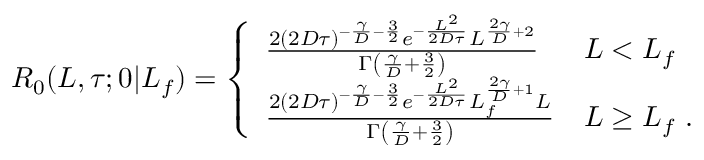
\begin{array} { r } { R _ { 0 } ( L , \tau ; 0 | L _ { f } ) = \left\{ \begin{array} { l l } { \frac { 2 ( 2 D \tau ) ^ { - \frac { \gamma } { D } - \frac { 3 } { 2 } } e ^ { - \frac { L ^ { 2 } } { 2 D \tau } } L ^ { \frac { 2 \gamma } { D } + 2 } } { \Gamma \left( \frac { \gamma } { D } + \frac { 3 } { 2 } \right) } } & { L < L _ { f } } \\ { \frac { 2 ( 2 D \tau ) ^ { - \frac { \gamma } { D } - \frac { 3 } { 2 } } e ^ { - \frac { L ^ { 2 } } { 2 D \tau } } L _ { f } ^ { \frac { 2 \gamma } { D } + 1 } L } { \Gamma \left( \frac { \gamma } { D } + \frac { 3 } { 2 } \right) } } & { L \ge L _ { f } \ . } \end{array} \right. } \end{array}